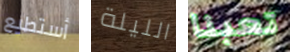
أستطيع الليلة تعبنا